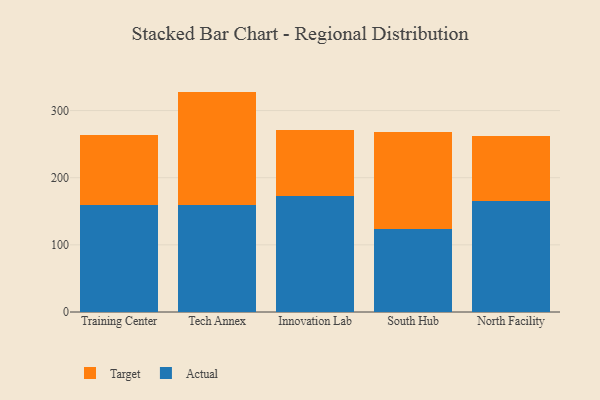
{"axis": {"x": "Campus", "y": "Production Output"}, "legend": ["Actual", "Target"], "data": [{"x": "Training Center", "y": 159.5, "type": "Actual"}, {"x": "Training Center", "y": 103.9, "type": "Target"}, {"x": "Tech Annex", "y": 158.6, "type": "Actual"}, {"x": "Tech Annex", "y": 169.6, "type": "Target"}, {"x": "Innovation Lab", "y": 172.4, "type": "Actual"}, {"x": "Innovation Lab", "y": 98.1, "type": "Target"}, {"x": "South Hub", "y": 124.3, "type": "Actual"}, {"x": "South Hub", "y": 143.3, "type": "Target"}, {"x": "North Facility", "y": 165.9, "type": "Actual"}, {"x": "North Facility", "y": 96.9, "type": "Target"}]}